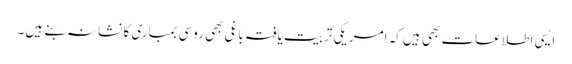
ایسی اطلاعات بھی ہیں کہ امریکی تربیت یافتہ باغی بھی روسی بمباری کا نشانہ بنے ہیں۔